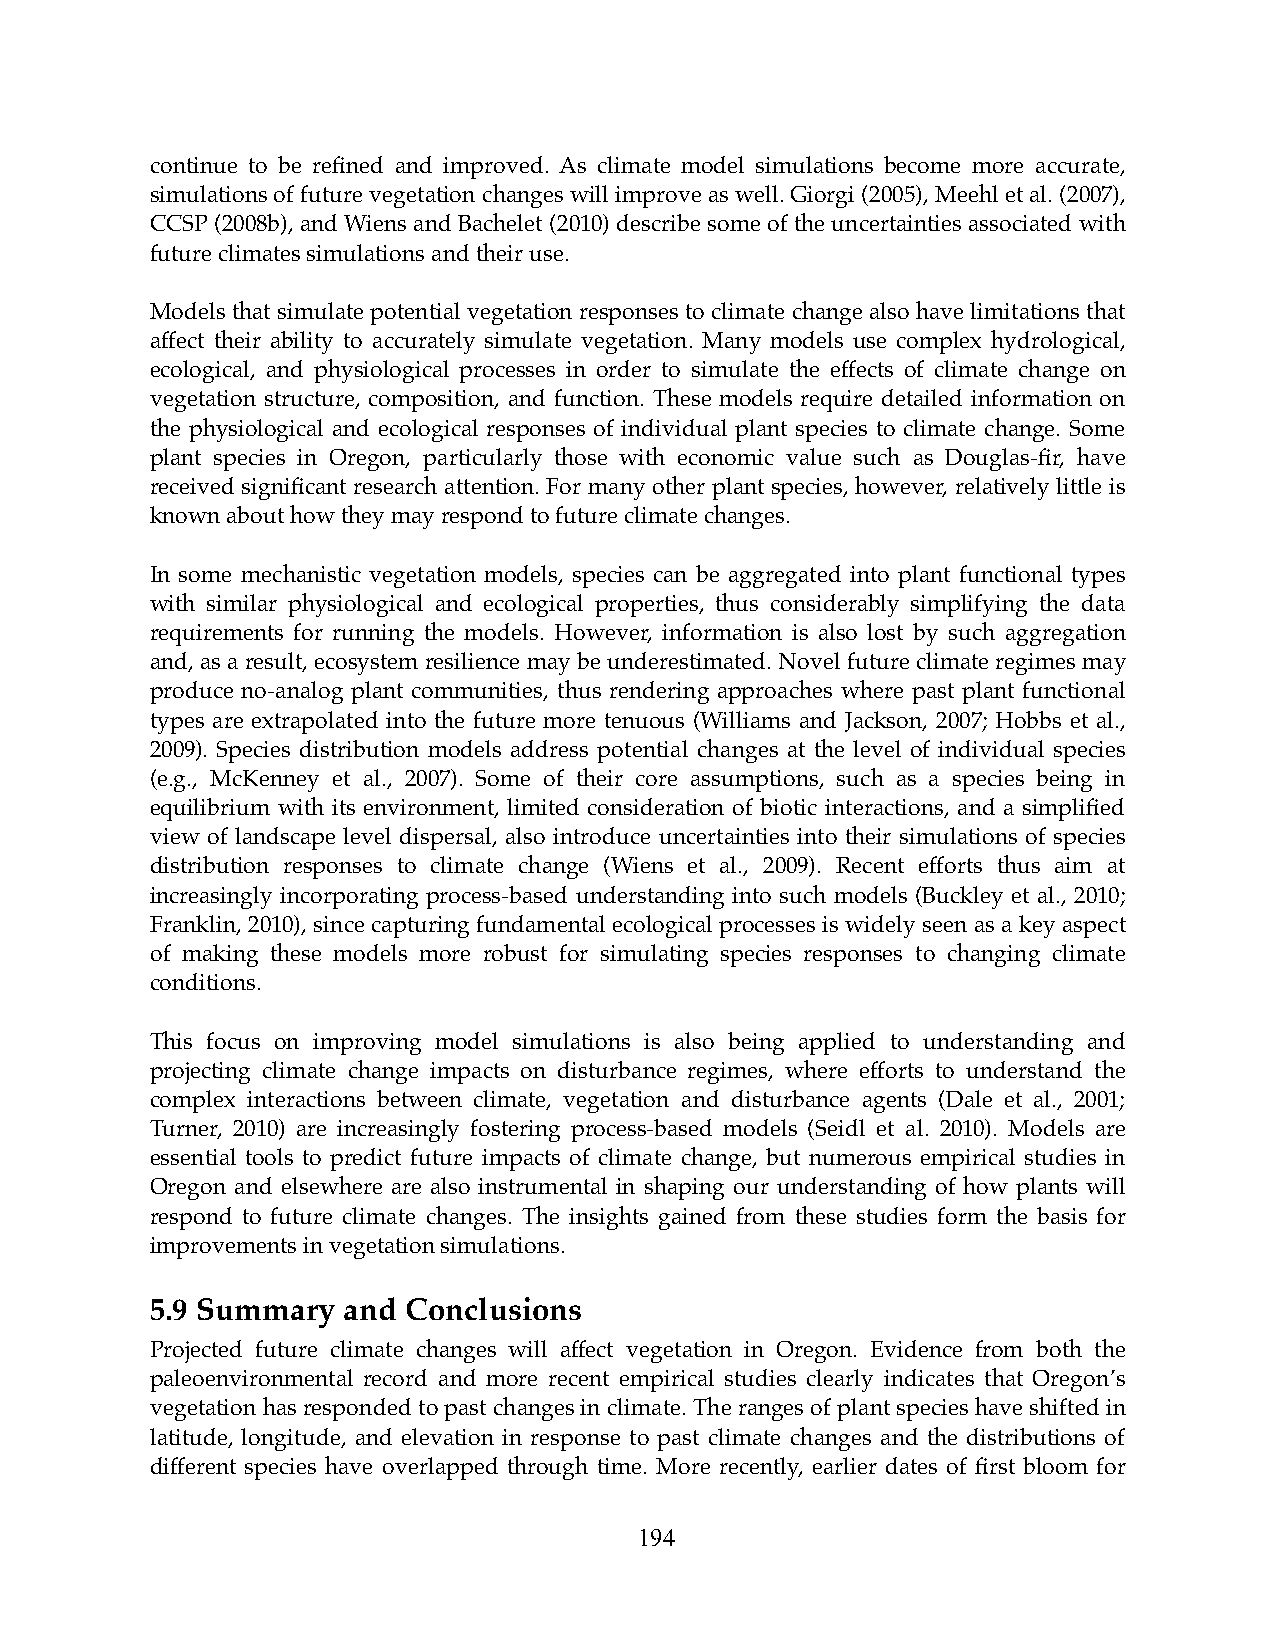
continue to be refined and improved. As climate model simulations become more accurate,
 simulations of future vegetation changes will improve as well. Giorgi (2005), Meehl et al. (2007),
 CCSP (2008b), and Wiens and Bachelet (2010) describe some of the uncertainties associated with
 future climates simulations and their use.
 Models that simulate potential vegetation responses to climate change also have limitations that
 affect their ability to accurately simulate vegetation. Many models use complex hydrological,
 ecological, and physiological processes in order to simulate the effects of climate change on
 vegetation structure, composition, and function. These models require detailed information on
 the physiological and ecological responses of individual plant species to climate change. Some
 plant species in Oregon, particularly those with economic value such as Douglas-fir, have
 received significant research attention. For many other plant species, however, relatively little is
 known about how they may respond to future climate changes.
 In some mechanistic vegetation models, species can be aggregated into plant functional types
 with similar physiological and ecological properties, thus considerably simplifying the data
 requirements for running the models. However, information is also lost by such aggregation
 and, as a result, ecosystem resilience may be underestimated. Novel future climate regimes may
 produce no-analog plant communities, thus rendering approaches where past plant functional
 types are extrapolated into the future more tenuous (Williams and Jackson, 2007; Hobbs et al.,
 2009). Species distribution models address potential changes at the level of individual species
 (e.g., McKenney et al., 2007). Some of their core assumptions, such as a species being in
 equilibrium with its environment, limited consideration of biotic interactions, and a simplified
 view of landscape level dispersal, also introduce uncertainties into their simulations of species
 distribution responses to climate change (Wiens et al., 2009). Recent efforts thus aim at
 increasingly incorporating process-based understanding into such models (Buckley et al., 2010;
 Franklin, 2010), since capturing fundamental ecological processes is widely seen as a key aspect
 of making these models more robust for simulating species responses to changing climate
 conditions.
 This focus on improving model simulations is also being applied to understanding and
 projecting climate change impacts on disturbance regimes, where efforts to understand the
 complex interactions between climate, vegetation and disturbance agents (Dale et al., 2001;
 Turner, 2010) are increasingly fostering process-based models (Seidl et al. 2010). Models are
 essential tools to predict future impacts of climate change, but numerous empirical studies in
 Oregon and elsewhere are also instrumental in shaping our understanding of how plants will
 respond to future climate changes. The insights gained from these studies form the basis for
 improvements in vegetation simulations.
 5.9 Summary  and Conclusions
 Projected future climate changes will affect vegetation in Oregon. Evidence from both the
 paleoenvironmental record and more recent empirical studies clearly indicates that Oregon’s
 vegetation has responded to past changes in climate. The ranges of plant species have shifted in
 latitude, longitude, and elevation in response to past climate changes and the distributions of
 different species have overlapped through time. More recently, earlier dates of first bloom for
 194